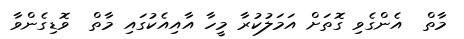
މާތް  އެންގެވި ގޮތަށް އަމަލުކުރާ މީހާ އާއިއެކުގައި މާތް  ވޮޑިގެންވާ